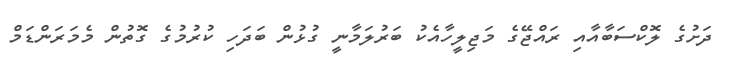
ދަށުގެ ލޮކްސަބާއާއި ރައްޖޭގެ މަޖިލީހާއެކު ބަރުލަމާނީ ގުޅުން ބަދަހި ކުރުމުގެ ގޮތުން މެމަރަންޑަމް